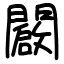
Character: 闙